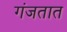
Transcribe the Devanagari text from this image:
गंजतात